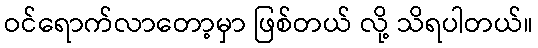
ဝင်ရောက်လာတော့မှာ ဖြစ်တယ် လို့ သိရပါတယ်။